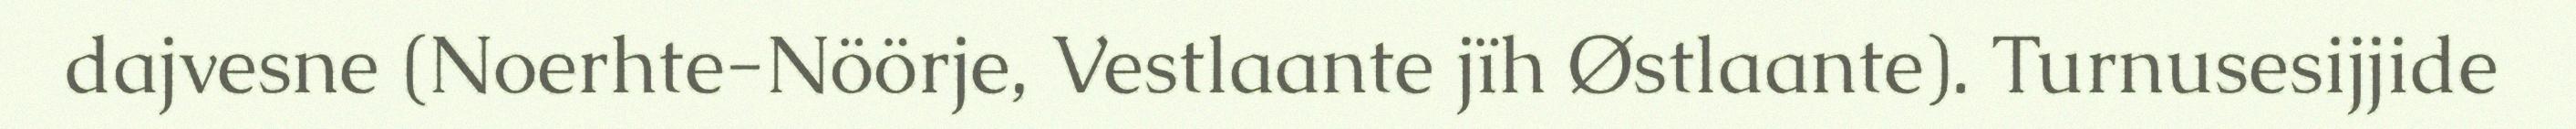
dajvesne (Noerhte-Nöörje, Vestlaante jïh Østlaante). Turnusesijjide